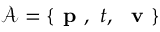
\mathcal { A } = \left\{ \textbf { p } , ~ t , ~ \textbf { v } \right\}